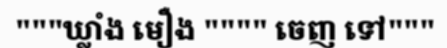
"""ឃ្លាំង មឿង """" ចេញ ទៅ"""